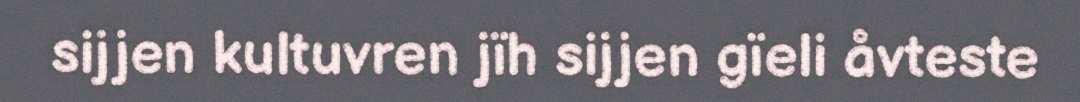
sijjen kultuvren jïh sijjen gïeli åvteste